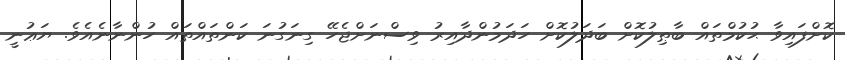
ކޮށްފައިވާ ޙުކުމްތައް ބާޠިލުކޮށް ބަދަލުކޮށް ހަދަމުންދާއިރު ވިސްނަށްޖެހޭ ގިނަގުނަ ކަންތައްތައް ހުންނާނެއެވެ. ޔަޢުނީ